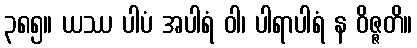
၃၈၅။ ယဿ ပါပံ အပါရံ ဝါ၊ ပါရာပါရံ န ဝိဇ္ဇတိ။